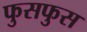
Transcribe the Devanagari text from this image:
फुसफुस